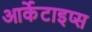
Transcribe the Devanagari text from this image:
आर्केटाइप्स